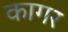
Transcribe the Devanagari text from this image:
कागर